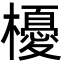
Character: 櫌